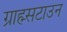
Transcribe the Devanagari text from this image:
ग्राह्म्सटाउन